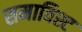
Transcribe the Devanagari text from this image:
समाविश्ट